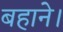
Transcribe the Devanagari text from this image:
बहाने।